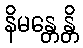
နိမန္တေန္တိ